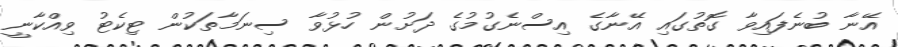
އޭނާ ބުނެފައިވާ ގޮތުގައި އޭނާގެ އިސްނެގުމުގެ ދަށުން ހުޅުވާ ސިނަމާތަކުން ޓިކެޓު ވިއްކާނީ